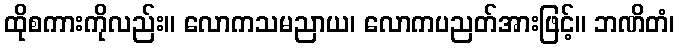
ထိုစကားကိုလည်း။ လောကသမညာယ၊ လောကပညတ်အားဖြင့်။ ဘဏိတံ၊